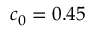
c _ { 0 } = 0 . 4 5